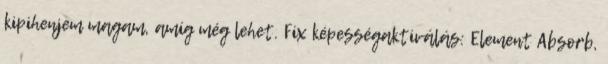
kipihenjem magam, amíg még lehet. Fix képességaktiválás: Element Absorb,